Document type: Sale
Year: 1430
Scribe: [Unknown]
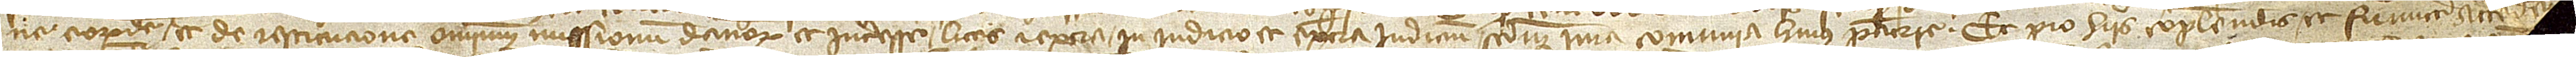
ne eorumdem et de restitucione omnium missionum, damnorum et interesse littis et extra, in iudicio et extra iudicium, secundum iura comunia huius patrie. Et pro hiis complendis et firmiter attenden-